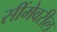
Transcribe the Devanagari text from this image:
सींमेवरील